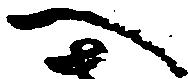
へ